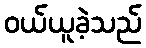
ဝယ်ယူခဲ့သည်